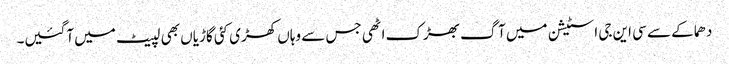
دھماکے سے سی این جی اسٹیشن میں آگ بھڑک اٹھی جس سے وہاں کھڑی کئی گاڑیاں بھی لپیٹ میں آگئیں۔